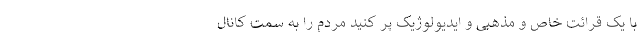
با یک قرائت خاص و مذهبی و ایدیولوژیک پر کنید مردم را به سمت کانال